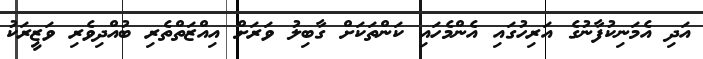
އަދި އެމަނިކުފާނުގެ އަރިހުގައި އެންމެހައި ކަންތަކަށް ގާބިލު ވަރަށް އިއްޒަތްތެރި ބުއްދިވެރި ވަޒީރަކު